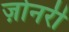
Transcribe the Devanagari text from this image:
ज़ोनरी